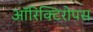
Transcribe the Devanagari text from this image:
ऑरिक्टिरोपस